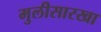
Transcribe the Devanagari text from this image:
मुलीसारखा